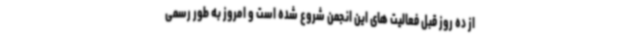
از ده روز قبل فعالیت های این انجمن شروع شده است و امروز به طور رسمی